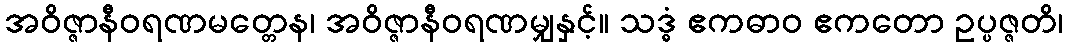
အဝိဇ္ဇာနီဝရဏမတ္တေန၊ အဝိဇ္ဇာနီဝရဏမျှနှင့်။ သဒ္ဓံ ဧကဓာဝ ဧကတော ဥပ္ပဇ္ဇတိ၊